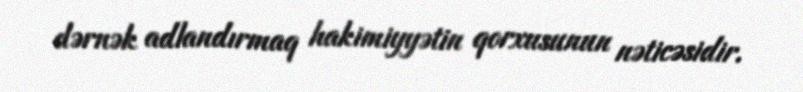
dərnək adlandırmaq hakimiyyətin qorxusunun nəticəsidir.